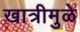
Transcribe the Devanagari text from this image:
खात्रीमुळे